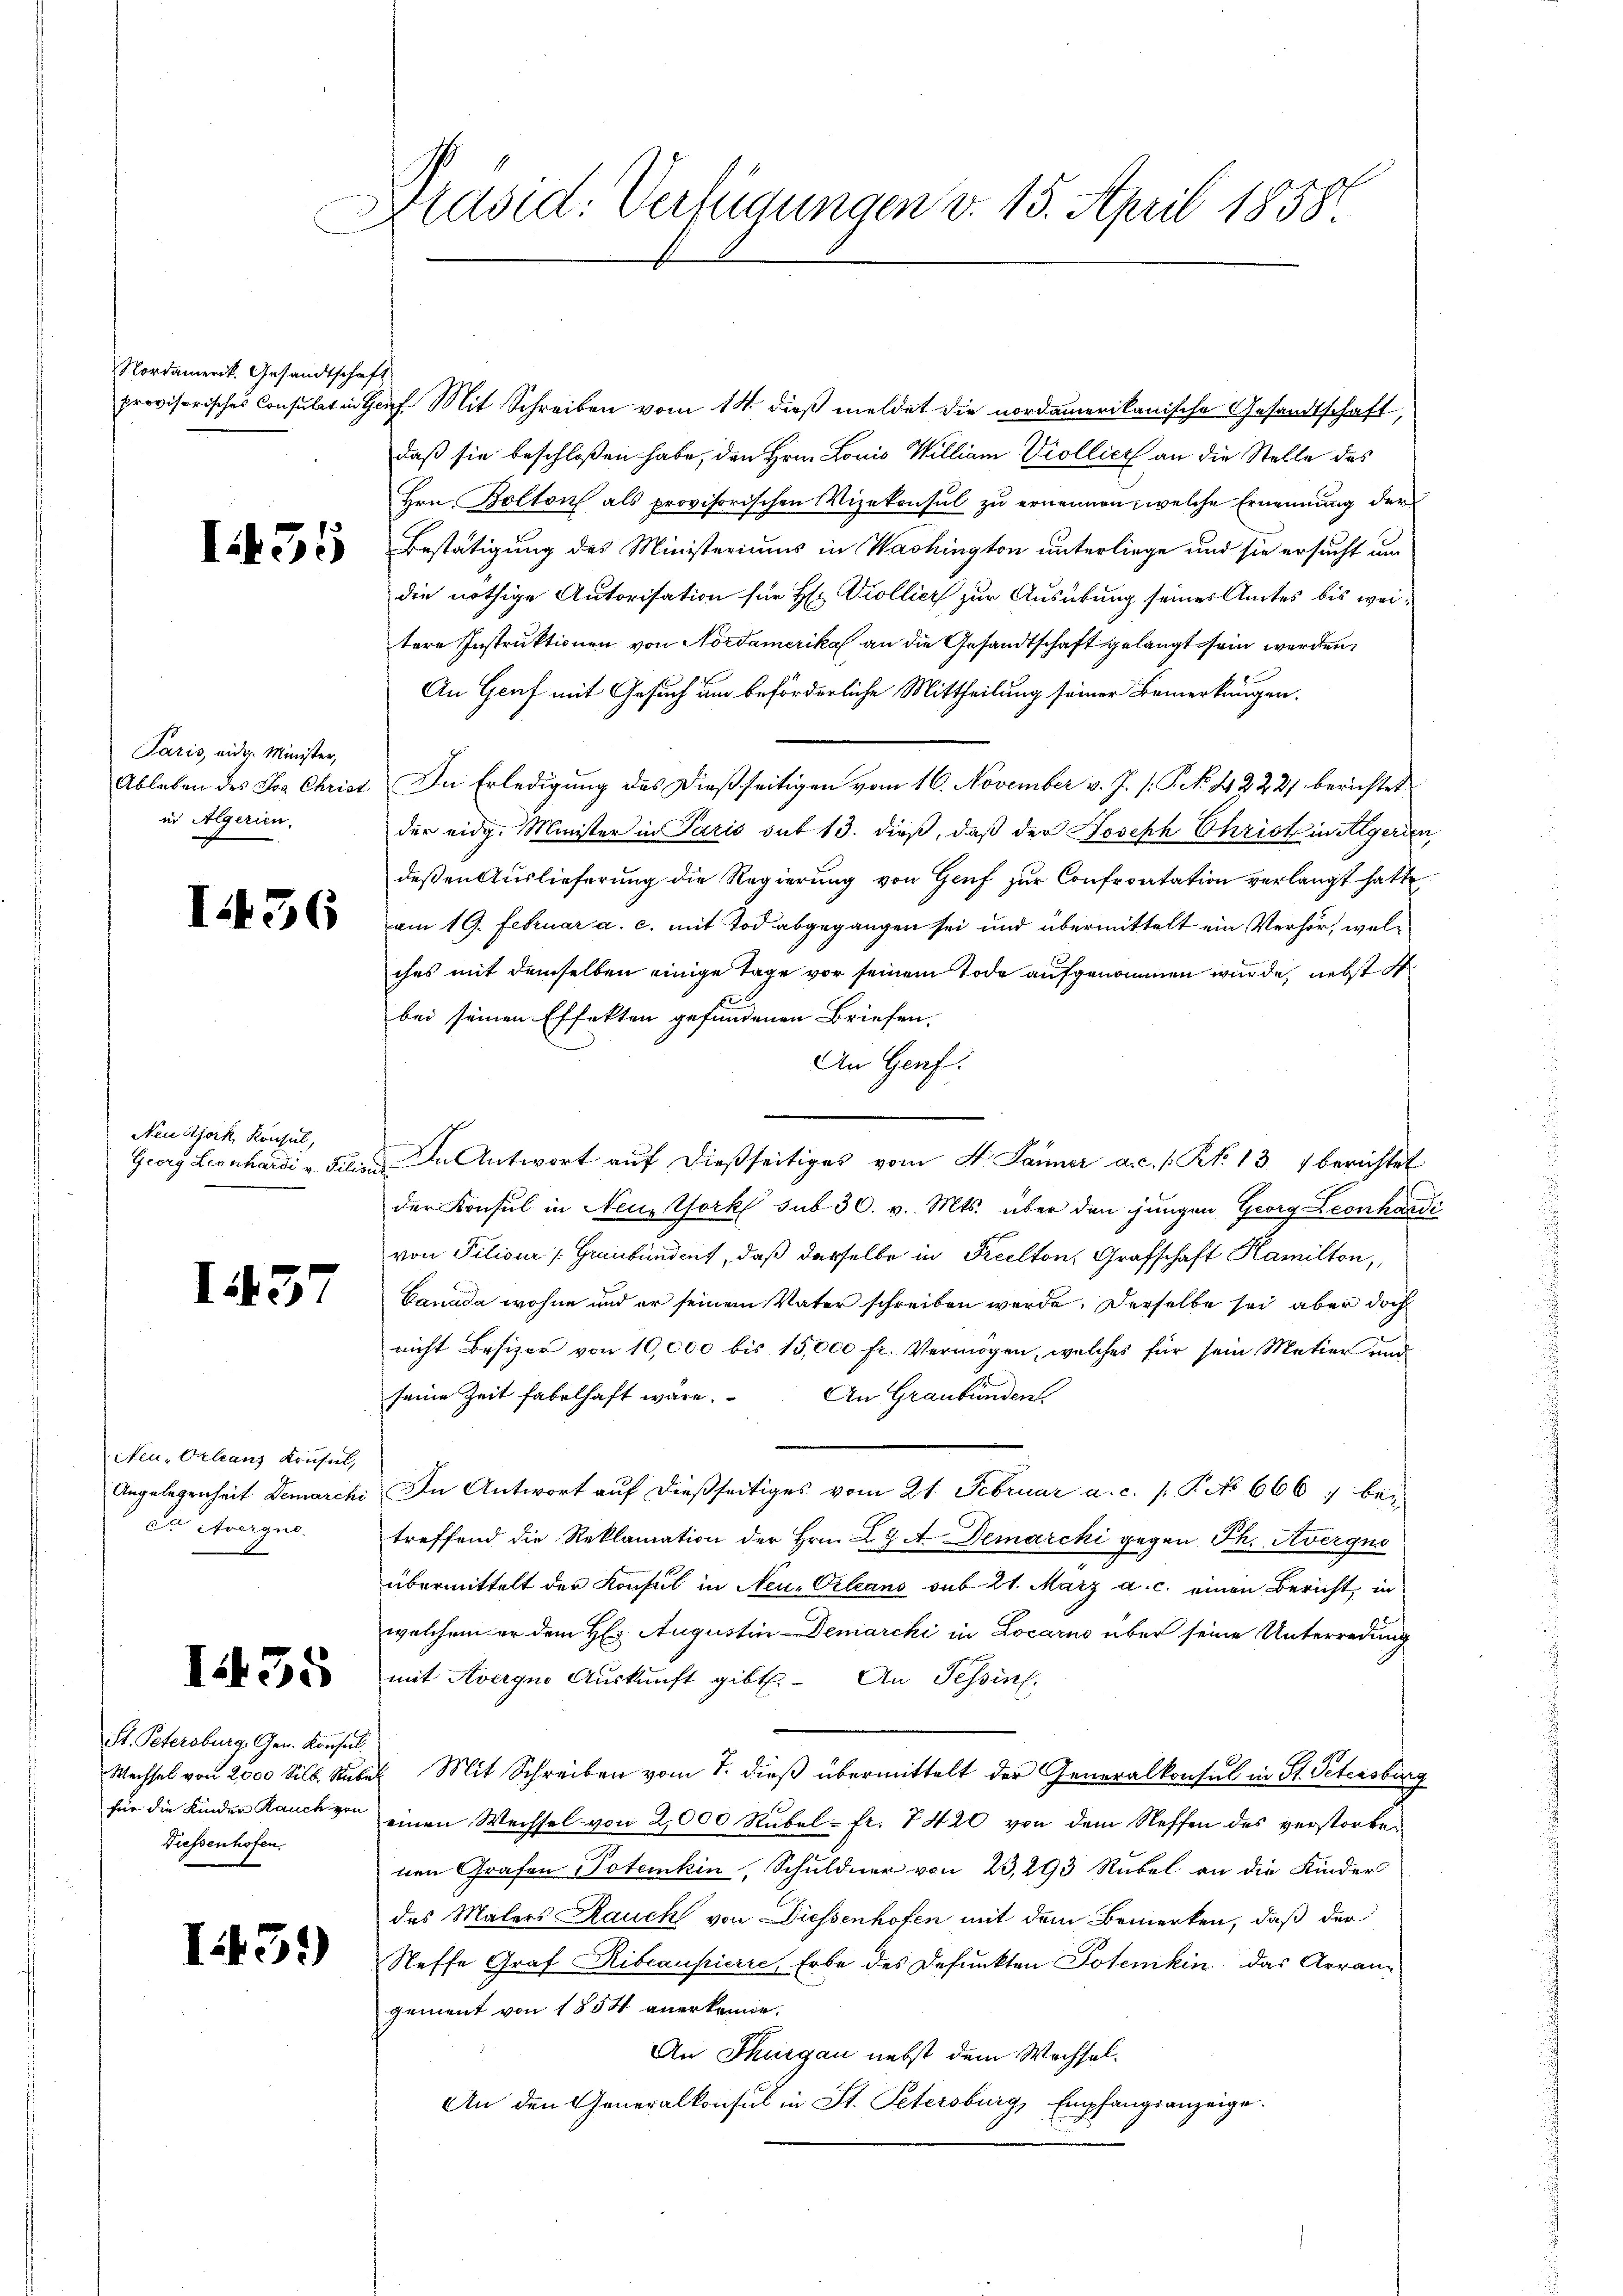
Nordamerik. Gesandtschaft

I55

Paris, wider Minister,
Ableben des Jos. Christ
in Algerien.

I36

Neudork, Konsul,
Georg Leonhardi v. Filisi

I437

Neu-Orleans Konsul,
Angelegenheit Demarchi
C Avergus

I55

St. Petersburg, Gen. Konsul
Wechsel von 2000 Silb. Rube
für die Kinder Rauch von
Diessenhofen.

I43.)

plasid: Verfügungen v. 15. April 1858

provisorisches Consulatin Hof Mit Schreiben vom 14. dieß meldet die nordamerikanische Gesandtschaft,
daß sie beschloßen habe, den Hrn. Louis William Viollier an die Stelle des
Hrn. Bolton als provisorischen Vizekonsul zu ernennen, welche Ernennung der
Bestätigung des Ministeriums in Washington unterliege und sie ersucht um
die nöthige Autorisation für Hr. Kollier zur Ausübung seines Amtes bis weitere Instruktionen von Nordamerikal an die Gesandtschaft gelangt sein werden,
An Genf mit Gesuch um beförderliche Mittheilung seiner Bemerkungen.
In Erledigung des Dießseitigen vom 16. November v. J. /: P. No. 42221 berichtet
der eidg. Minister in Paris sub 13. dieß, daß der Joseph Christ in Algerien,
deßen Auslieferung die Regierung von Genf zur Confrontation verlangt hatte
am 19. Februar a. c. mit Tod abgegangen sei und übermittelt ein Verhör, welches mit demselben einige Tage vor seinem Tode aufgenommen wurde, nebst S.
bei seinen Effekten gefundenen Briefen,
An Genf.
In Antwort auf dießseitiges vom 4. Jänner a.c. s. Rt. 13 1 berichtet
der Konsul in Neuork sub 30. v. Mts. über den jungen Georg Leonhardi
von Piliour (Graubünden, daß derselbe in Preclton, Grafschaft Hamilton,
Canada wohne und er seinem Vater schreiben werde. Derselbe sei aber doch
nicht Besizer von 10,000 bis 15,000 fr. Vermögen, welches für sein Matier und
seine Zeit fabelhaft wäre. An Graubünden
In Antwort auf dießseitiges vom 21. Februar a. c. s. P. No 666, bei
treffend die Reklamation der Hrn. Z. Z. A. Demarcki gegen Ph. Avergno
übermittelt der Konsul in Neu-Orleans sub 21. März a. c. einen Bericht, in
welchem er dem H. Augustin Demarcki in Locarno über seine Unterredung
mit Averquo Auskunft gibt. An Tessin.
Mit Schreiben vom 7. dieß übermittelt der Generalkonsul in St. Petersburg
einen Wechsel von 2,000 Rubel - fr. 7420 von dem Neffen des verstorbenen Grafen Potenkin, Schuldner von 23, 293 Rubel an die Kinder
des Malers Rauch von Diessenhofen mit dem Bemerken, daß der
Steffe Graf Ribcaupierre, Erbe des Defunkten Potenkin, das Arrangement von 1854 anerkenne.
An Thurgau nebst dem Wechsel¬
An den Generalkonsul in St. Petersburg, Empfangsanzeige.